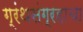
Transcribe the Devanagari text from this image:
ग्रंथसंग्रहाचा